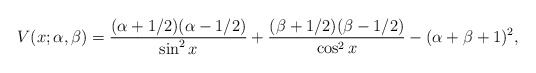
\begin{gather*} V(x;\alpha ,\beta )=\frac{(\alpha +1/2)(\alpha -1/2)}{\sin ^{2}x}+\frac{ (\beta +1/2)(\beta -1/2)}{\cos ^{2}x}-(\alpha +\beta +1)^{2}, \end{gather*}